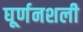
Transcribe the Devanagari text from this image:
घूर्णनशली